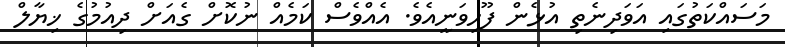
މަސައްކަތުގައި އަވަދިނެތި އުޅެން ފޫހިވަނީއެވެ. އެއްވެސް ކަމެއް ނުކޮށް ގެއަށް ދިއުމުގެ ޚިޔާލް